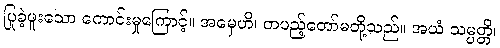
ပြုခဲ့ဖူးသော ကောင်းမှုကြောင့်။ အမှေဟိ၊ တပည့်တော်မတို့သည်။ အယံ သမ္ပတ္တိ၊